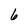
Character: 6